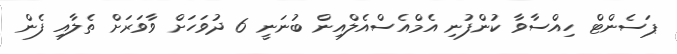
ޕަސެންޓް ހިއްސާވާ ކުންފުނި އެމްއެސްއެލްއިން ބުނަނީ 6 ދުވަހަށް ވާވަރަށް ތެލާއި ފެން